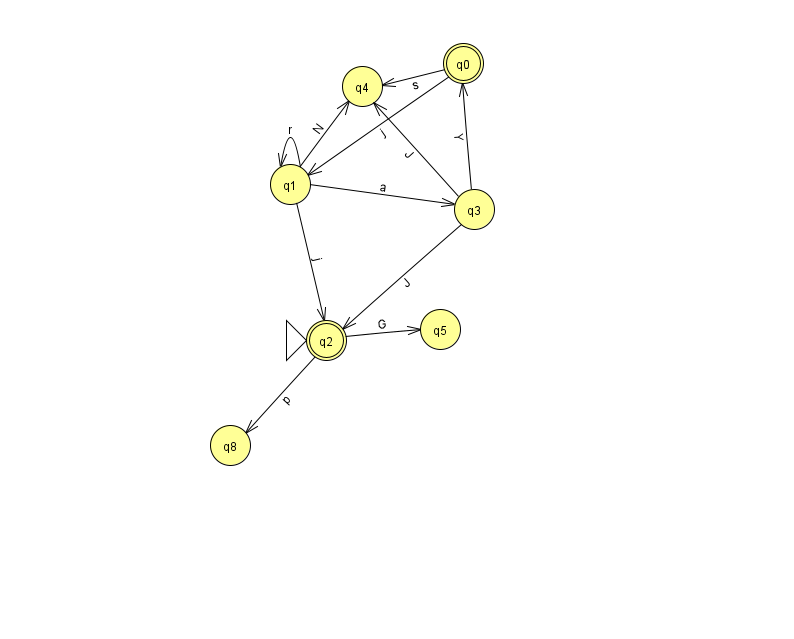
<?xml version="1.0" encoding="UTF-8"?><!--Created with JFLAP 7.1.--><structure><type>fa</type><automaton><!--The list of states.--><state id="0" name="q0"><x>463.0</x><y>50.0</y><final/></state><state id="1" name="q1"><x>290.0</x><y>171.0</y></state><state id="2" name="q2"><x>326.0</x><y>327.0</y><initial/><final/></state><state id="3" name="q3"><x>474.0</x><y>196.0</y></state><state id="4" name="q4"><x>362.0</x><y>73.0</y></state><state id="5" name="q5"><x>440.0</x><y>316.0</y></state><state id="8" name="q8"><x>230.0</x><y>432.0</y></state><!--The list of transitions.--><transition><from>1</from><to>1</to><read>r</read></transition><transition><from>3</from><to>4</to><read>J</read></transition><transition><from>1</from><to>2</to><read>j</read></transition><transition><from>3</from><to>0</to><read>Y</read></transition><transition><from>0</from><to>4</to><read>s</read></transition><transition><from>2</from><to>8</to><read>p</read></transition><transition><from>3</from><to>2</to><read>J</read></transition><transition><from>0</from><to>1</to><read>j</read></transition><transition><from>1</from><to>4</to><read>N</read></transition><transition><from>2</from><to>5</to><read>G</read></transition><transition><from>1</from><to>3</to><read>a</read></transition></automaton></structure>